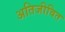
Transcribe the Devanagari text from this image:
अतिजीवित